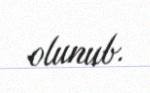
olunub.